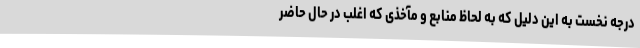
درجه نخست به این دلیل که به لحاظ منابع و مآخذی که اغلب در حال حاضر